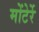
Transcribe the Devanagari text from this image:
मोंटेर्रे